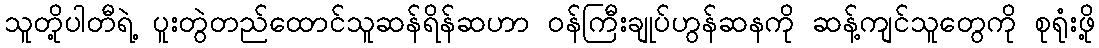
သူတို့ပါတီရဲ့ ပူးတွဲတည်ထောင်သူဆန်ရိန်ဆဟာ ဝန်ကြီးချုပ်ဟွန်ဆနကို ဆန့်ကျင်သူတွေကို စုရုံးဖို့